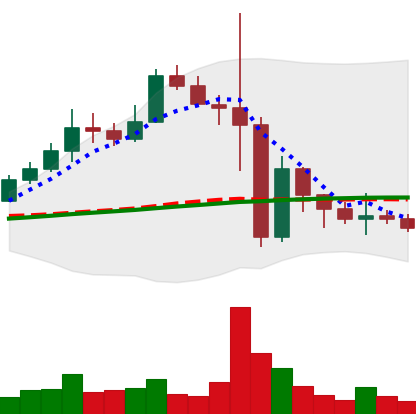
Ticker: BNB-USD
Chart end date: 2022-11-16
Forward return: -6.584%
Label: down_5_7